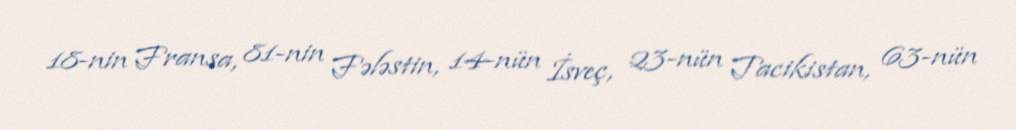
18-nin Fransa, 81-nin Fələstin, 14-nün İsveç, 23-nün Tacikistan, 63-nün